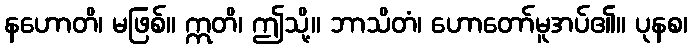
နဟောတိ၊ မဖြစ်။ ဣတိ၊ ဤသို့။ ဘာသိတံ၊ ဟောတော်မူအပ်၏။ ပုနစ၊